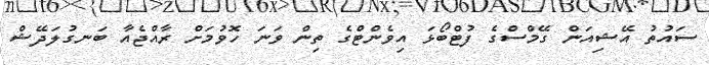
ސައުތު އޭޝިއަން ގޭމްސްގެ ފުޓްބޯޅަ އިވެންޓްގެ ތިން ވަނަ ހޮވުމަށް ރާއްޖެއާ ބަނގުލަދޭޝް